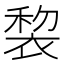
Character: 𧚩